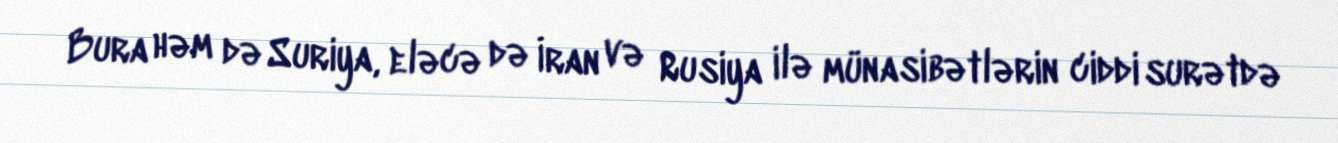
Bura həm də Suriya, eləcə də İran və Rusiya ilə münasibətlərin ciddi surətdə